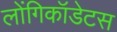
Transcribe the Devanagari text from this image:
लोंगिकॉडेटस